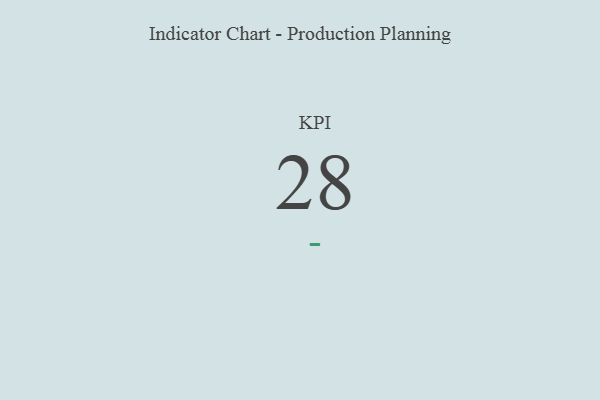
{"axis": {"x": "KPI", "y": "Value"}, "legend": [""], "data": [{"x": "KPI", "y": 28, "type": ""}]}